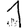
Digit: 1